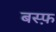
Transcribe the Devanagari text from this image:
बस्फ़